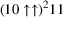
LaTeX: ( 1 0 \uparrow \uparrow ) ^ { 2 } 1 1